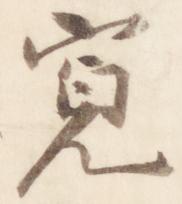
寛